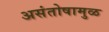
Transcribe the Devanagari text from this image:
असंतोषामुळ